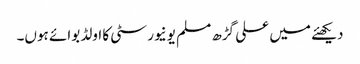
دیکھئے میں علی گڑھ مسلم یونیورسٹی کا اولڈ بوائے ہوں۔